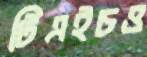
টিএইচও